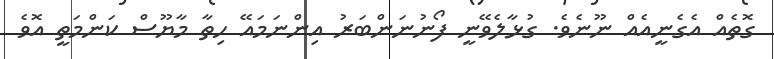
ގޮތެއް އެގެނީއެއް ނޫނެވެ. ގުޅާލެވޭނީ ފޯނުނަންބަރު އިންނަމައޭ ހިތާ މާޔޫސް ކަންމަތީ އޮވެ